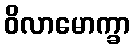
ဝိလာမောက္ခာ